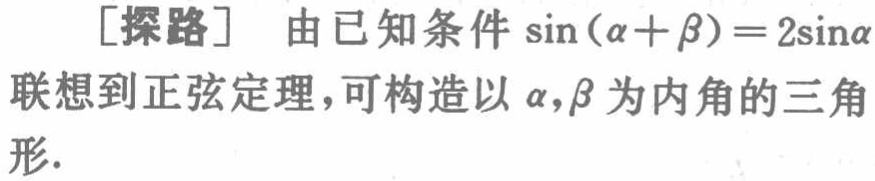
[探路] 由已知条件\(\sin(\alpha +\beta)=2\sin\alpha\)联想到正弦定理，可构造以\(\alpha,\beta\)为内角的三角形.